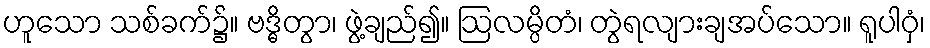
ဟူသော သစ်ခက်၌။ ဗဒ္ဓိတွာ၊ ဖွဲ့ချည်၍။ ဩလမ္ပိတံ၊ တွဲရလျားချအပ်သော။ ရူပါဝှံ၊